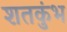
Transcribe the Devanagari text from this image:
शतकुंभ